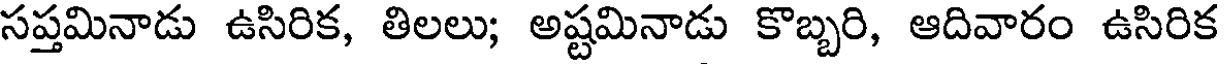
సప్తమినాడు ఉసిరిక, తిలలు; అష్టమినాడు కొబ్బరి, ఆదివారం ఉసిరిక